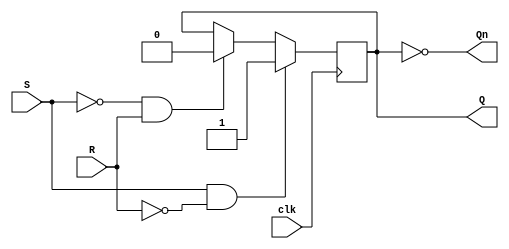
module SR_FF (
    input S,
    input R,
    input clk,
    output reg Q,
    output reg Qn
);

reg Q_temp;

always @(posedge clk) begin
    if (S & !R) begin
        Q_temp <= 1'b1;
    end else if (!S & R) begin
        Q_temp <= 1'b0;
    end else begin
        Q_temp <= Q;
    end
end

assign Q = Q_temp;
assign Qn = ~Q_temp;

endmodule